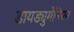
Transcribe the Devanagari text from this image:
डायड्युमेनियन